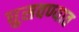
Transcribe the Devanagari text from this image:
घुसवण्यात